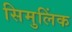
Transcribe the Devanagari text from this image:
सिमुलिंक